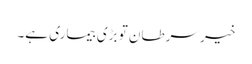
خیر سرطان تو بڑی بیماری ہے۔